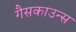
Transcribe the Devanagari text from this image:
गैसकाउन्स